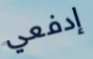
إدفعي